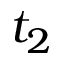
t _ { 2 }